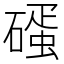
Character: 𥕨